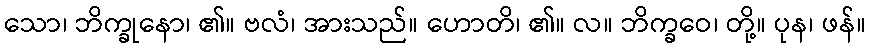
သော၊ ဘိက္ခုနော၊ ၏။ ဗလံ၊ အားသည်။ ဟောတိ၊ ၏။ လ။ ဘိက္ခဝေ၊ တို့။ ပုန၊ ဖန်။